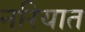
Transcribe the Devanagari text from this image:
नरियात